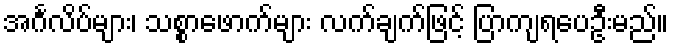
အင်္ဂလိပ်များ၊ သစ္စာဖောက်များ လက်ချက်ဖြင့် ပြာကျရပေဦးမည်။